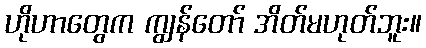
ဟိုဟာတွေက ကျွန်တော် အိတ်မဟုတ်ဘူး။